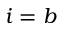
i = b